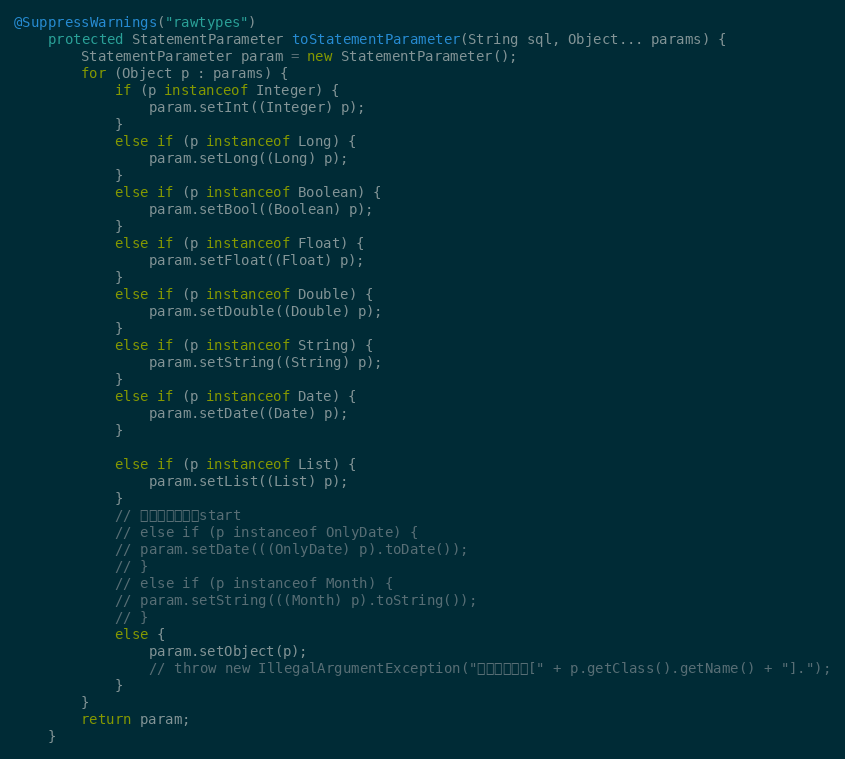
Language: Java
@SuppressWarnings("rawtypes")
	protected StatementParameter toStatementParameter(String sql, Object... params) {
		StatementParameter param = new StatementParameter();
		for (Object p : params) {
			if (p instanceof Integer) {
				param.setInt((Integer) p);
			}
			else if (p instanceof Long) {
				param.setLong((Long) p);
			}
			else if (p instanceof Boolean) {
				param.setBool((Boolean) p);
			}
			else if (p instanceof Float) {
				param.setFloat((Float) p);
			}
			else if (p instanceof Double) {
				param.setDouble((Double) p);
			}
			else if (p instanceof String) {
				param.setString((String) p);
			}
			else if (p instanceof Date) {
				param.setDate((Date) p);
			}

			else if (p instanceof List) {
				param.setList((List) p);
			}
			// 自定义数据类型start
			// else if (p instanceof OnlyDate) {
			// param.setDate(((OnlyDate) p).toDate());
			// }
			// else if (p instanceof Month) {
			// param.setString(((Month) p).toString());
			// }
			else {
				param.setObject(p);
				// throw new IllegalArgumentException("未知数据类型[" + p.getClass().getName() + "].");
			}
		}
		return param;
	}